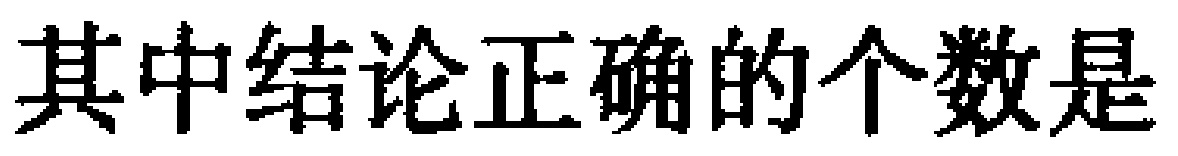
其中结论正确的个数是